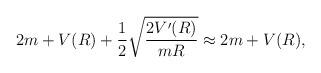
LaTeX: \begin{align*}2m+V(R)+{1\over2}\sqrt{2V^{\prime}(R)\over mR}\approx2m+V(R),\end{align*}